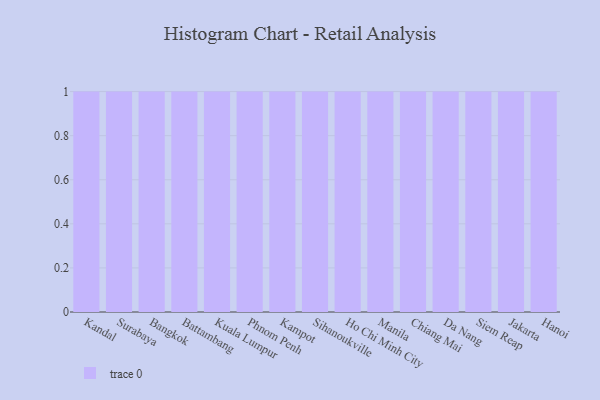
{"axis": {"x": "City", "y": "Humidity (%)"}, "legend": [""], "data": [{"x": "Kandal", "y": 42, "type": ""}, {"x": "Surabaya", "y": 9, "type": ""}, {"x": "Bangkok", "y": 75, "type": ""}, {"x": "Battambang", "y": 1, "type": ""}, {"x": "Kuala Lumpur", "y": 97, "type": ""}, {"x": "Phnom Penh", "y": 36, "type": ""}, {"x": "Kampot", "y": 17, "type": ""}, {"x": "Sihanoukville", "y": 36, "type": ""}, {"x": "Ho Chi Minh City", "y": 73, "type": ""}, {"x": "Manila", "y": 34, "type": ""}, {"x": "Chiang Mai", "y": 44, "type": ""}, {"x": "Da Nang", "y": 24, "type": ""}, {"x": "Siem Reap", "y": 97, "type": ""}, {"x": "Jakarta", "y": 73, "type": ""}, {"x": "Hanoi", "y": 24, "type": ""}]}